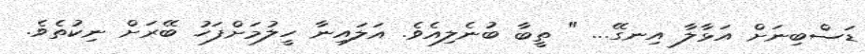
ޑަސްބިނަށް އަޅާލާ އިނގޭ... " ތީބާ ބުނެލިއެވެ. އަލައިނާ ހީލުމަށްފަހު ބޭރަށް ނިކުތެވެ.